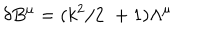
LaTeX: \delta B ^ { \mu } = ( k ^ { 2 } / 2 \, \, + 1 ) \Lambda ^ { \mu }